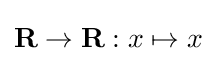
\mathbf {R} \to \mathbf {R} :x\mapsto x